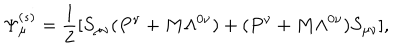
\Psi _ { \mu } ^ { ( s ) } = { \frac { 1 } { 2 } } [ S _ { \mu \nu } ( P ^ { \nu } + M \Lambda ^ { 0 \nu } ) + ( P ^ { \nu } + M \Lambda ^ { 0 \nu } ) S _ { \mu \nu } ] ,